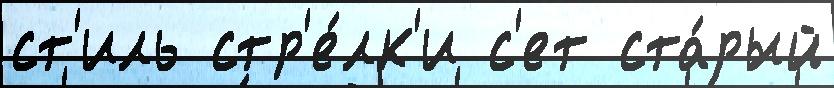
ст'иль стр'е́лк'и с'ет ста́рый